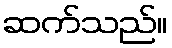
ဆက်သည်။